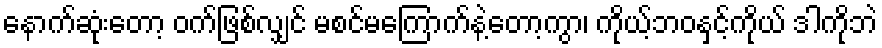
နောက်ဆုံးတော့ ဝက်ဖြစ်လျှင် မစင်မကြောက်နဲ့တော့ကွာ၊ ကိုယ့်ဘဝနှင့်ကိုယ် ဒါကိုဘဲ